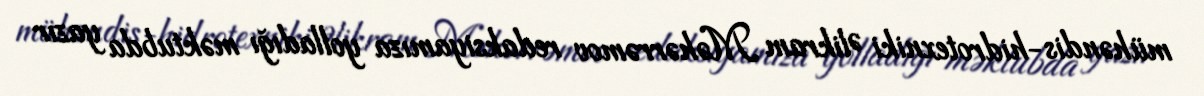
mühəndis-hidrotexniki Əlikram Məhərrəmov redaksiyamıza yolladığı məktubda yazır